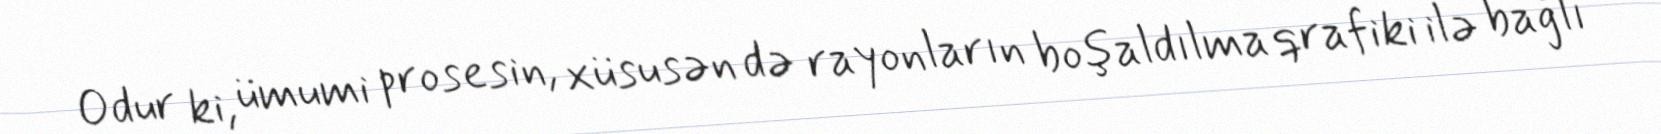
Odur ki, ümumi prosesin, xüsusən də rayonların boşaldılma qrafiki ilə bağlı